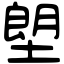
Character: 塱